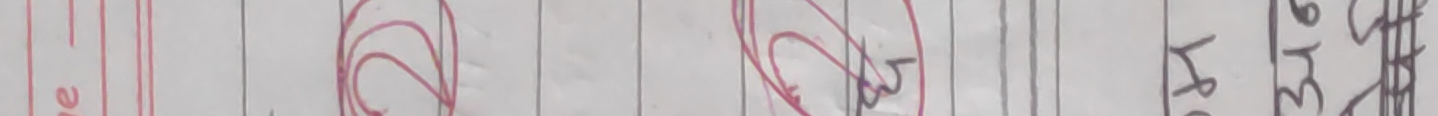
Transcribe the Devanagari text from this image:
ऐन।